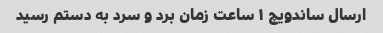
ارسال ساندویچ ۱ ساعت زمان برد و سرد به دستم رسید